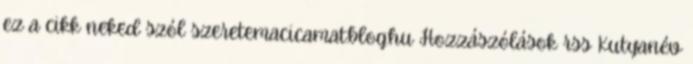
ez a cikk neked szól szeretemacicamat.blog.hu Hozzászólások rss Kutyanév